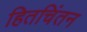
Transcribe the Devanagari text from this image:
हितचिंतन